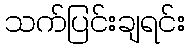
သက်ပြင်းချရင်း